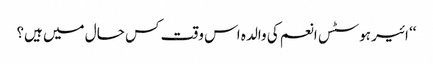
‘‘ ائیر ہوسٹس انعم کی والدہ اس وقت کس حال میں ہیں؟